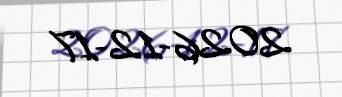
2026-12-17